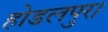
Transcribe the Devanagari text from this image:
होडलपुर।